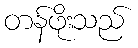
တန်ဖိုးသည်